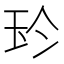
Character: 𰡳